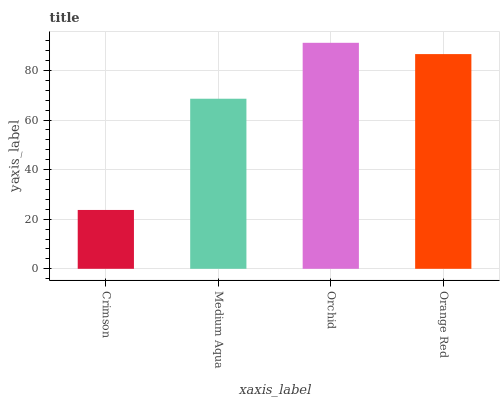
| xaxis_label | bars |
 | --- | --- |
 | Crimson | 23.7 |
 | Medium Aqua | 68.6 |
 | Orchid | 91.2 |
 | Orange Red | 86.6 |